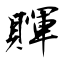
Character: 賱